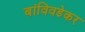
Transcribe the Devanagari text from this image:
बांविवडेकर